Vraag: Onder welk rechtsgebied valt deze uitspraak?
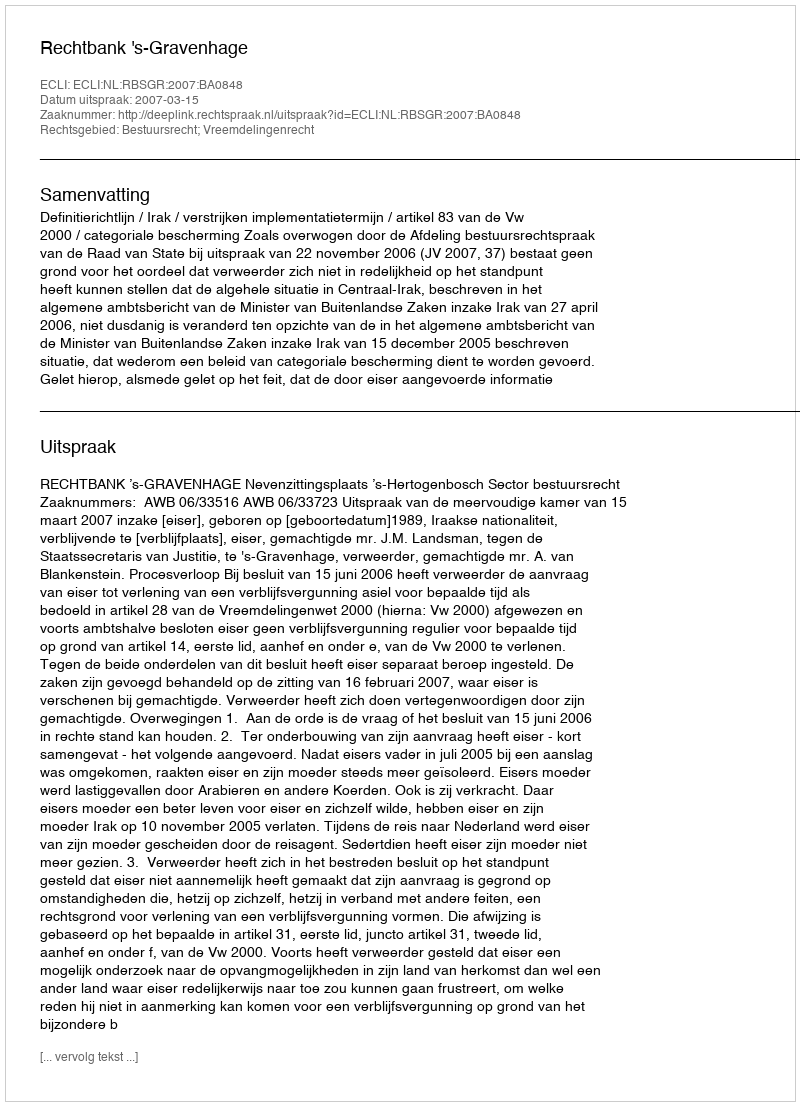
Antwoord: Bestuursrecht; Vreemdelingenrecht